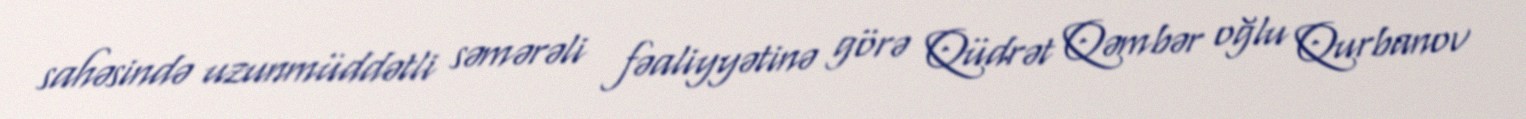
sahəsində uzunmüddətli səmərəli fəaliyyətinə görə Qüdrət Qəmbər oğlu Qurbanov